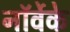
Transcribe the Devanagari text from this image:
नॉर्वेके